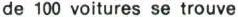
de 100 voitures se trouve